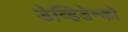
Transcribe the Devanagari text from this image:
डेव्हिडेन्को